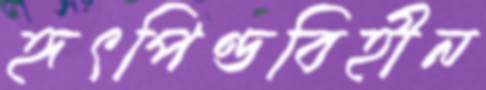
হৃৎপিণ্ডবিহীন